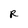
Character: R